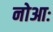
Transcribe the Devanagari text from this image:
नोआः